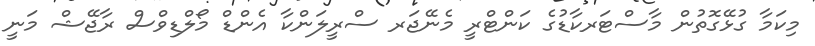
މިކަމާ ގުޅޭގޮތުން މާސްޓަރކާޑުގެ ކަންޓްރީ މެނޭޖަރ ސްރީލަންކާ އެންޑް މޯލްޑިވްސް ރާޖޭޝް މަނީ